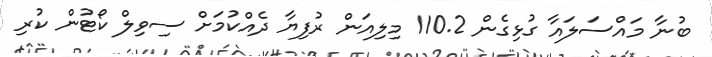
ބުނާ މައްސަލައާ ގުޅިގެން 110.2 މިލިއަން ރުފިޔާ ދެއްކުމަށް ސިވިލް ކޯޓުން ކުރި